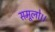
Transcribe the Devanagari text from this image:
समूलो।।